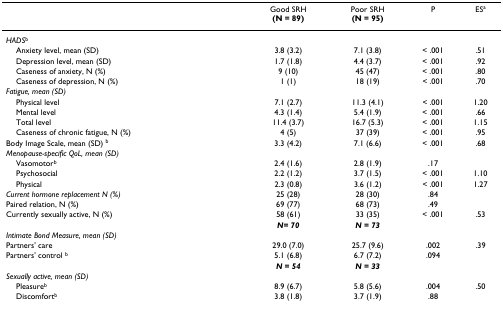
|  | Good SRH(N = 89) | Poor SRH(N = 95) | P | ESa |
 | --- | --- | --- | --- | --- |
 | HADSb |  |  |  |  |
 | Anxiety level, mean (SD) | 3.8 (3.2) | 7.1 (3.8) | < .001 | .51 |
 | Depression level, mean (SD) | 1.7 (1.8) | 4.4 (3.7) | < .001 | .92 |
 | Caseness of anxiety, N (%) | 9 (10) | 45 (47) | < .001 | .80 |
 | Caseness of depression, N (%) | 1 (1) | 18 (19) | < .001 | .70 |
 | Fatigue, mean (SD) |  |  |  |  |
 | Physical level | 7.1 (2.7) | 11.3 (4.1) | < .001 | 1.20 |
 | Mental level | 4.3 (1.4) | 5.4 (1.9) | < .001 | .66 |
 | Total level | 11.4 (3.7) | 16.7 (5.3) | < .001 | 1.15 |
 | Caseness of chronic fatigue, N (%) | 4 (5) | 37 (39) | < .001 | .95 |
 | Body Image Scale, mean (SD) b | 3.3 (4.2) | 7.1 (6.6) | < .001 | .68 |
 | Menopause-specific QoL, mean (SD) |  |  |  |  |
 | Vasomotorb | 2.4 (1.6) | 2.8 (1.9) | .17 |  |
 | Psychosocial | 2.2 (1.2) | 3.7 (1.5) | < .001 | 1.10 |
 | Physical | 2.3 (0.8) | 3.6 (1.2) | < .001 | 1.27 |
 | Current hormone replacement N (%) | 25 (28) | 28 (30) | .84 |  |
 | Paired relation, N (%) | 69 (77) | 68 (73) | .49 |  |
 | Currently sexually active, N (%) | 58 (61) | 33 (35) | < .001 | .53 |
 |  | N= 70 | N = 73 |  |  |
 | Intimate Bond Measure, mean (SD) |  |  |  |  |
 | Partners' care | 29.0 (7.0) | 25.7 (9.6) | .002 | .39 |
 | Partners' control b | 5.1 (6.8) | 6.7 (7.2) | .094 |  |
 |  | N = 54 | N = 33 |  |  |
 | Sexually active, mean (SD) |  |  |  |  |
 | Pleasureb | 8.9 (6.7) | 5.8 (5.6) | .004 | .50 |
 | Discomfortb | 3.8 (1.8) | 3.7 (1.9) | .88 |  |